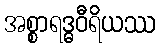
အစ္စာရဒ္ဓဝီရိယဿ